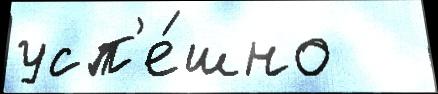
усп'е́шно